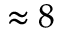
\approx 8